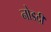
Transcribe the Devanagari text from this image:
नोडदी